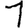
Digit: 1